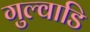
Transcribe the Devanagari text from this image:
गुल्वाडि